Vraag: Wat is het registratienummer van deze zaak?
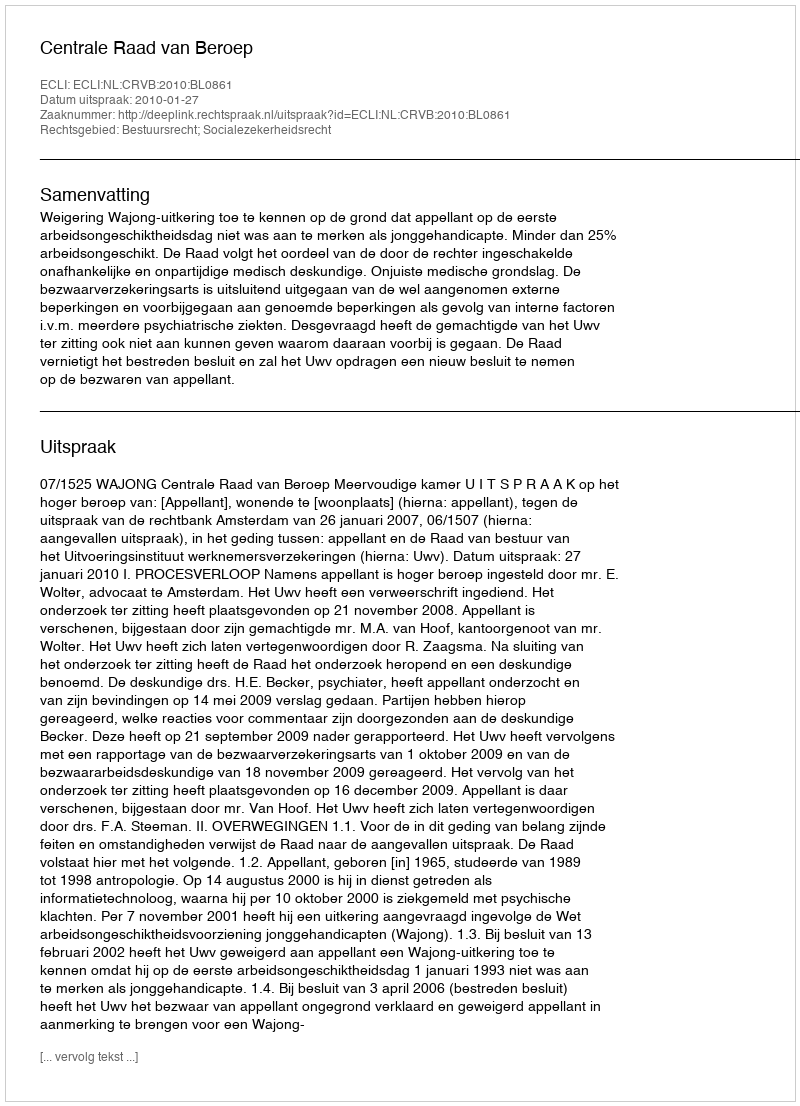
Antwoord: http://deeplink.rechtspraak.nl/uitspraak?id=ECLI:NL:CRVB:2010:BL0861